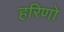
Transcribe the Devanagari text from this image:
हरिणो